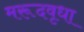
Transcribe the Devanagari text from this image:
मरूदवृधा